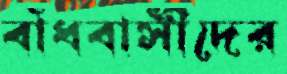
বাঁধবাসীদের